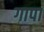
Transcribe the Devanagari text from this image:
गापा